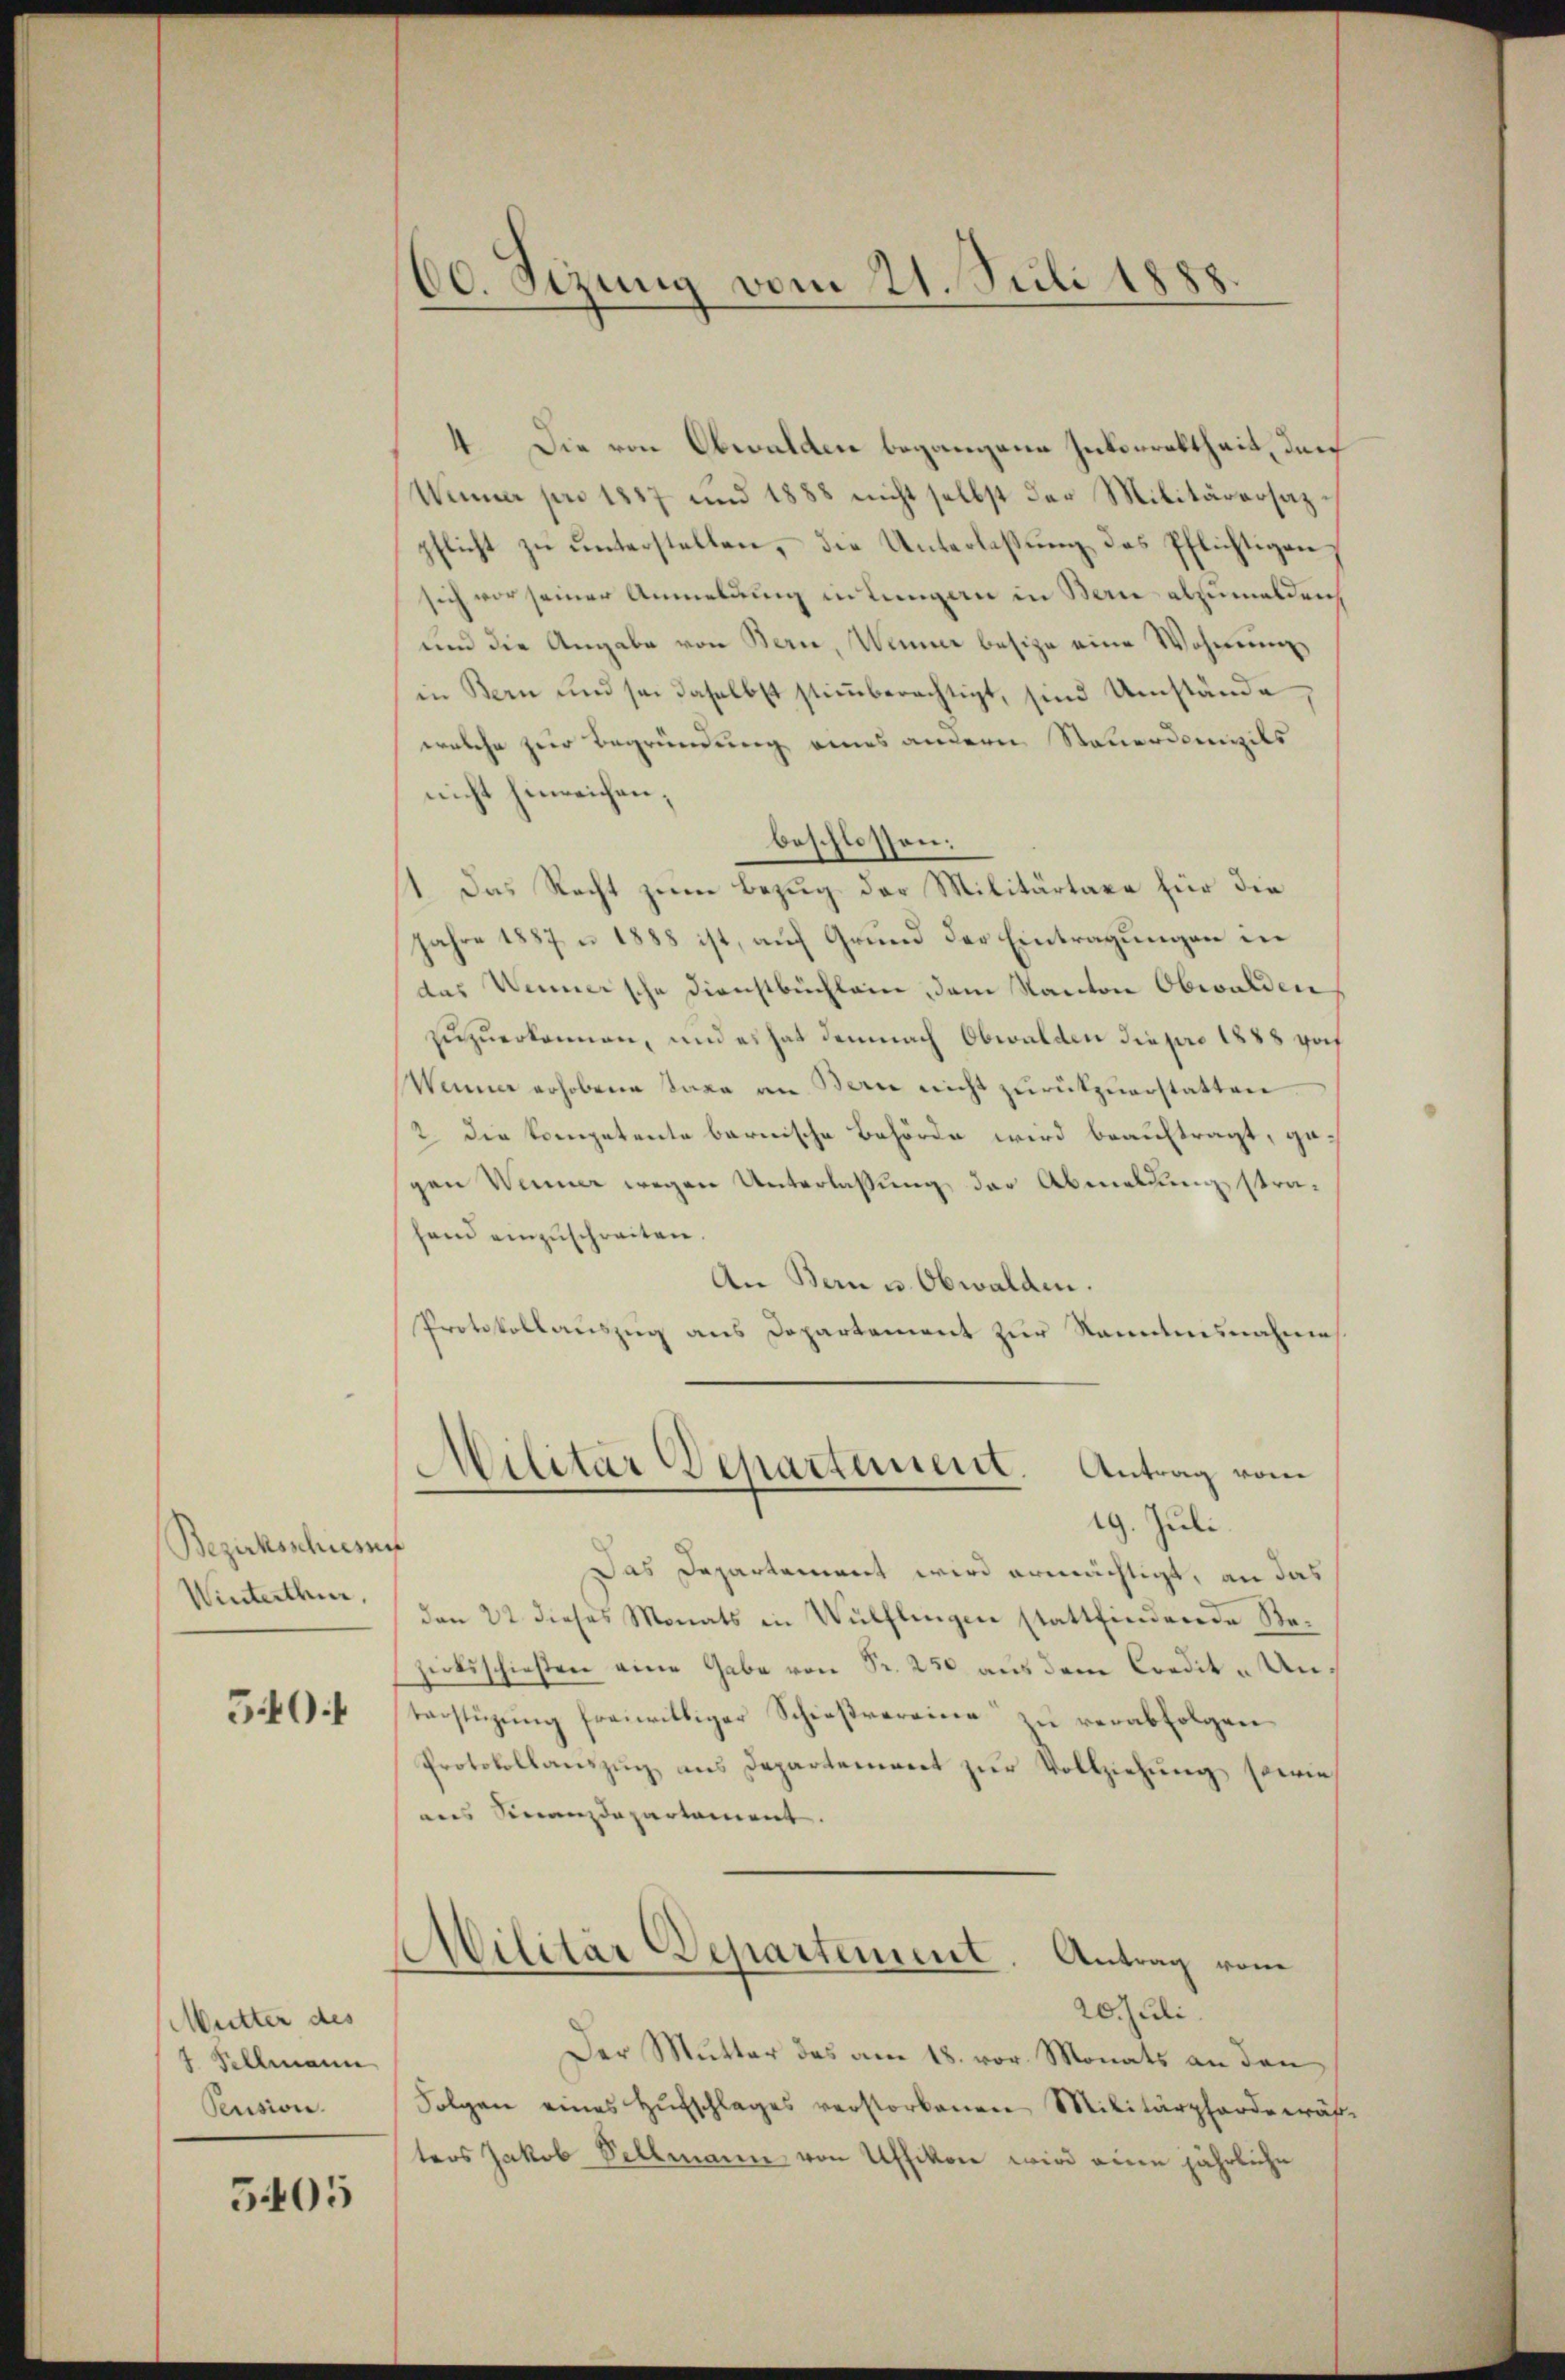
Bezirksschiessen
Winterthur,

540.

Mutter des
7 Fellmann
Pension.

5405

00. Sizung vom 21. Juli 1888.

4. Die von Obwalden begangene Inkorrektheit, den
Winner pro 1857 und 1888 nicht selbst der Militärarsazpflicht zu unterstellen, die Unterlaßung des Pflichtigen,
sich vor seiner Anmeldung in Lungen in Bern abzumelden,
und die Angabe von Bern, Wenner besize eine Wohnung
in Bern und sei daselbst stiṁberechtigt, sind Umstände,
welche zur Begründung eines andern Steuerdamnils
nicht hinreichen;
1. Das Recht zum Bezug der Militärtare für die
Jahre 1887 n 1888 ist, auf Grund der Eintragungen in
das Weinersche Dienstbüchlein, dem Kanton Obwalden
zuzuerkennen, und es hat demnach Obwalden Tiepro 1888 vo
Wenner erhobene Taxa an Bern nicht zurückzuerstatten.
2 die Kompetente barnische Behörde wird beauftragt, gegen Weiner wegen Unterlassung der Abmeldung strahand einzuschreiten.
An Bern u. Obwalden.
Protokollauszug aus Departement zur Kenntnisnahmes

beschlossen:

.
Militär Departement. Antrag vom
19. Juli.

Militär Departement. Antrag von

Das Departement wird ermächtigt, an das
den 22. dieses Monats in Wülflingen stattfindende Rezirksschießen eine Gabe von Fr. 250 aus dem Condit- Unterstüzung freiwilliger Schießvereine zu verabfolgen
Protokollaŭszŭg ans Departement zŭr Vollziehung sowie
aus Finanzdepartament.

20. Juli.
Der Mutter das am 18. vor. Monats an den
Folgen eines Hufschlages verstorbenen Militärpforde wähters Jakob Sellmann von Uffikon wird eine jährliche